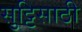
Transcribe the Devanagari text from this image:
सुट्टिसाठी